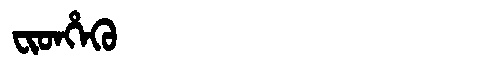
Manchu: ᠸᡳᡨᡥᡝᡴᡠ
Romanization: FITHEKU